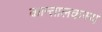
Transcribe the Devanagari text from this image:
कान्तालकस्य